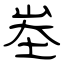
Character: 峚